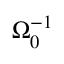
\Omega _ { 0 } ^ { - 1 }